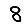
Digit: 8